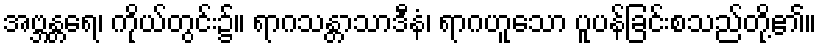
အဗ္ဘန္တရေ၊ ကိုယ်တွင်း၌။ ရာဂသန္တာသာဒီနံ၊ ရာဂဟူသော ပူပန်ခြင်းစသည်တို့၏။